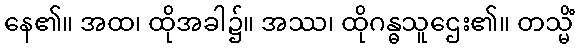
နေ၏။ အထ၊ ထိုအခါ၌။ အဿ၊ ထိုဂန္ဓသူဌေး၏။ တသ္မိံ